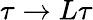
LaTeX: \tau\rightarrow L\tau